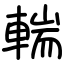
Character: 輲